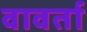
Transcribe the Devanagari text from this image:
वावर्ता